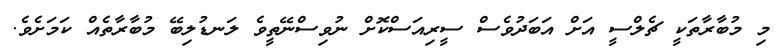
މި މުބާރާތަކީ ޗެލްސީ އަށް އަބަދުވެސް ސީރިއަސްކޮށް ނުވިސްނޭތީވެ ލަނޑުލިބޭ މުބާރާތެއް ކަމަށެވެ.